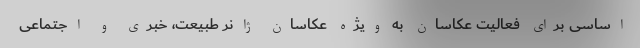
اساسی برای فعالیت عکاسان به ویژه عکاسان ژانر طبیعت، خبری و اجتماعی